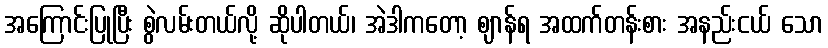
အကြောင်းပြုပြီး စွဲလမ်းတယ်လို့ ဆိုပါတယ်၊ အဲဒါကတော့ ဈာန်ရ အထက်တန်းစား အနည်းငယ် သော